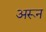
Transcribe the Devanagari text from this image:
अरून